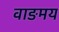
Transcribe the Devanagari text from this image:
वाङमय